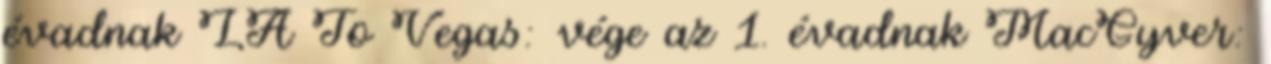
évadnak LA To Vegas: vége az 1. évadnak MacGyver: